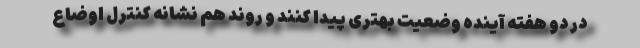
در دو هفته آینده وضعیت بهتری پیدا کنند و روند هم نشانه کنترل اوضاع